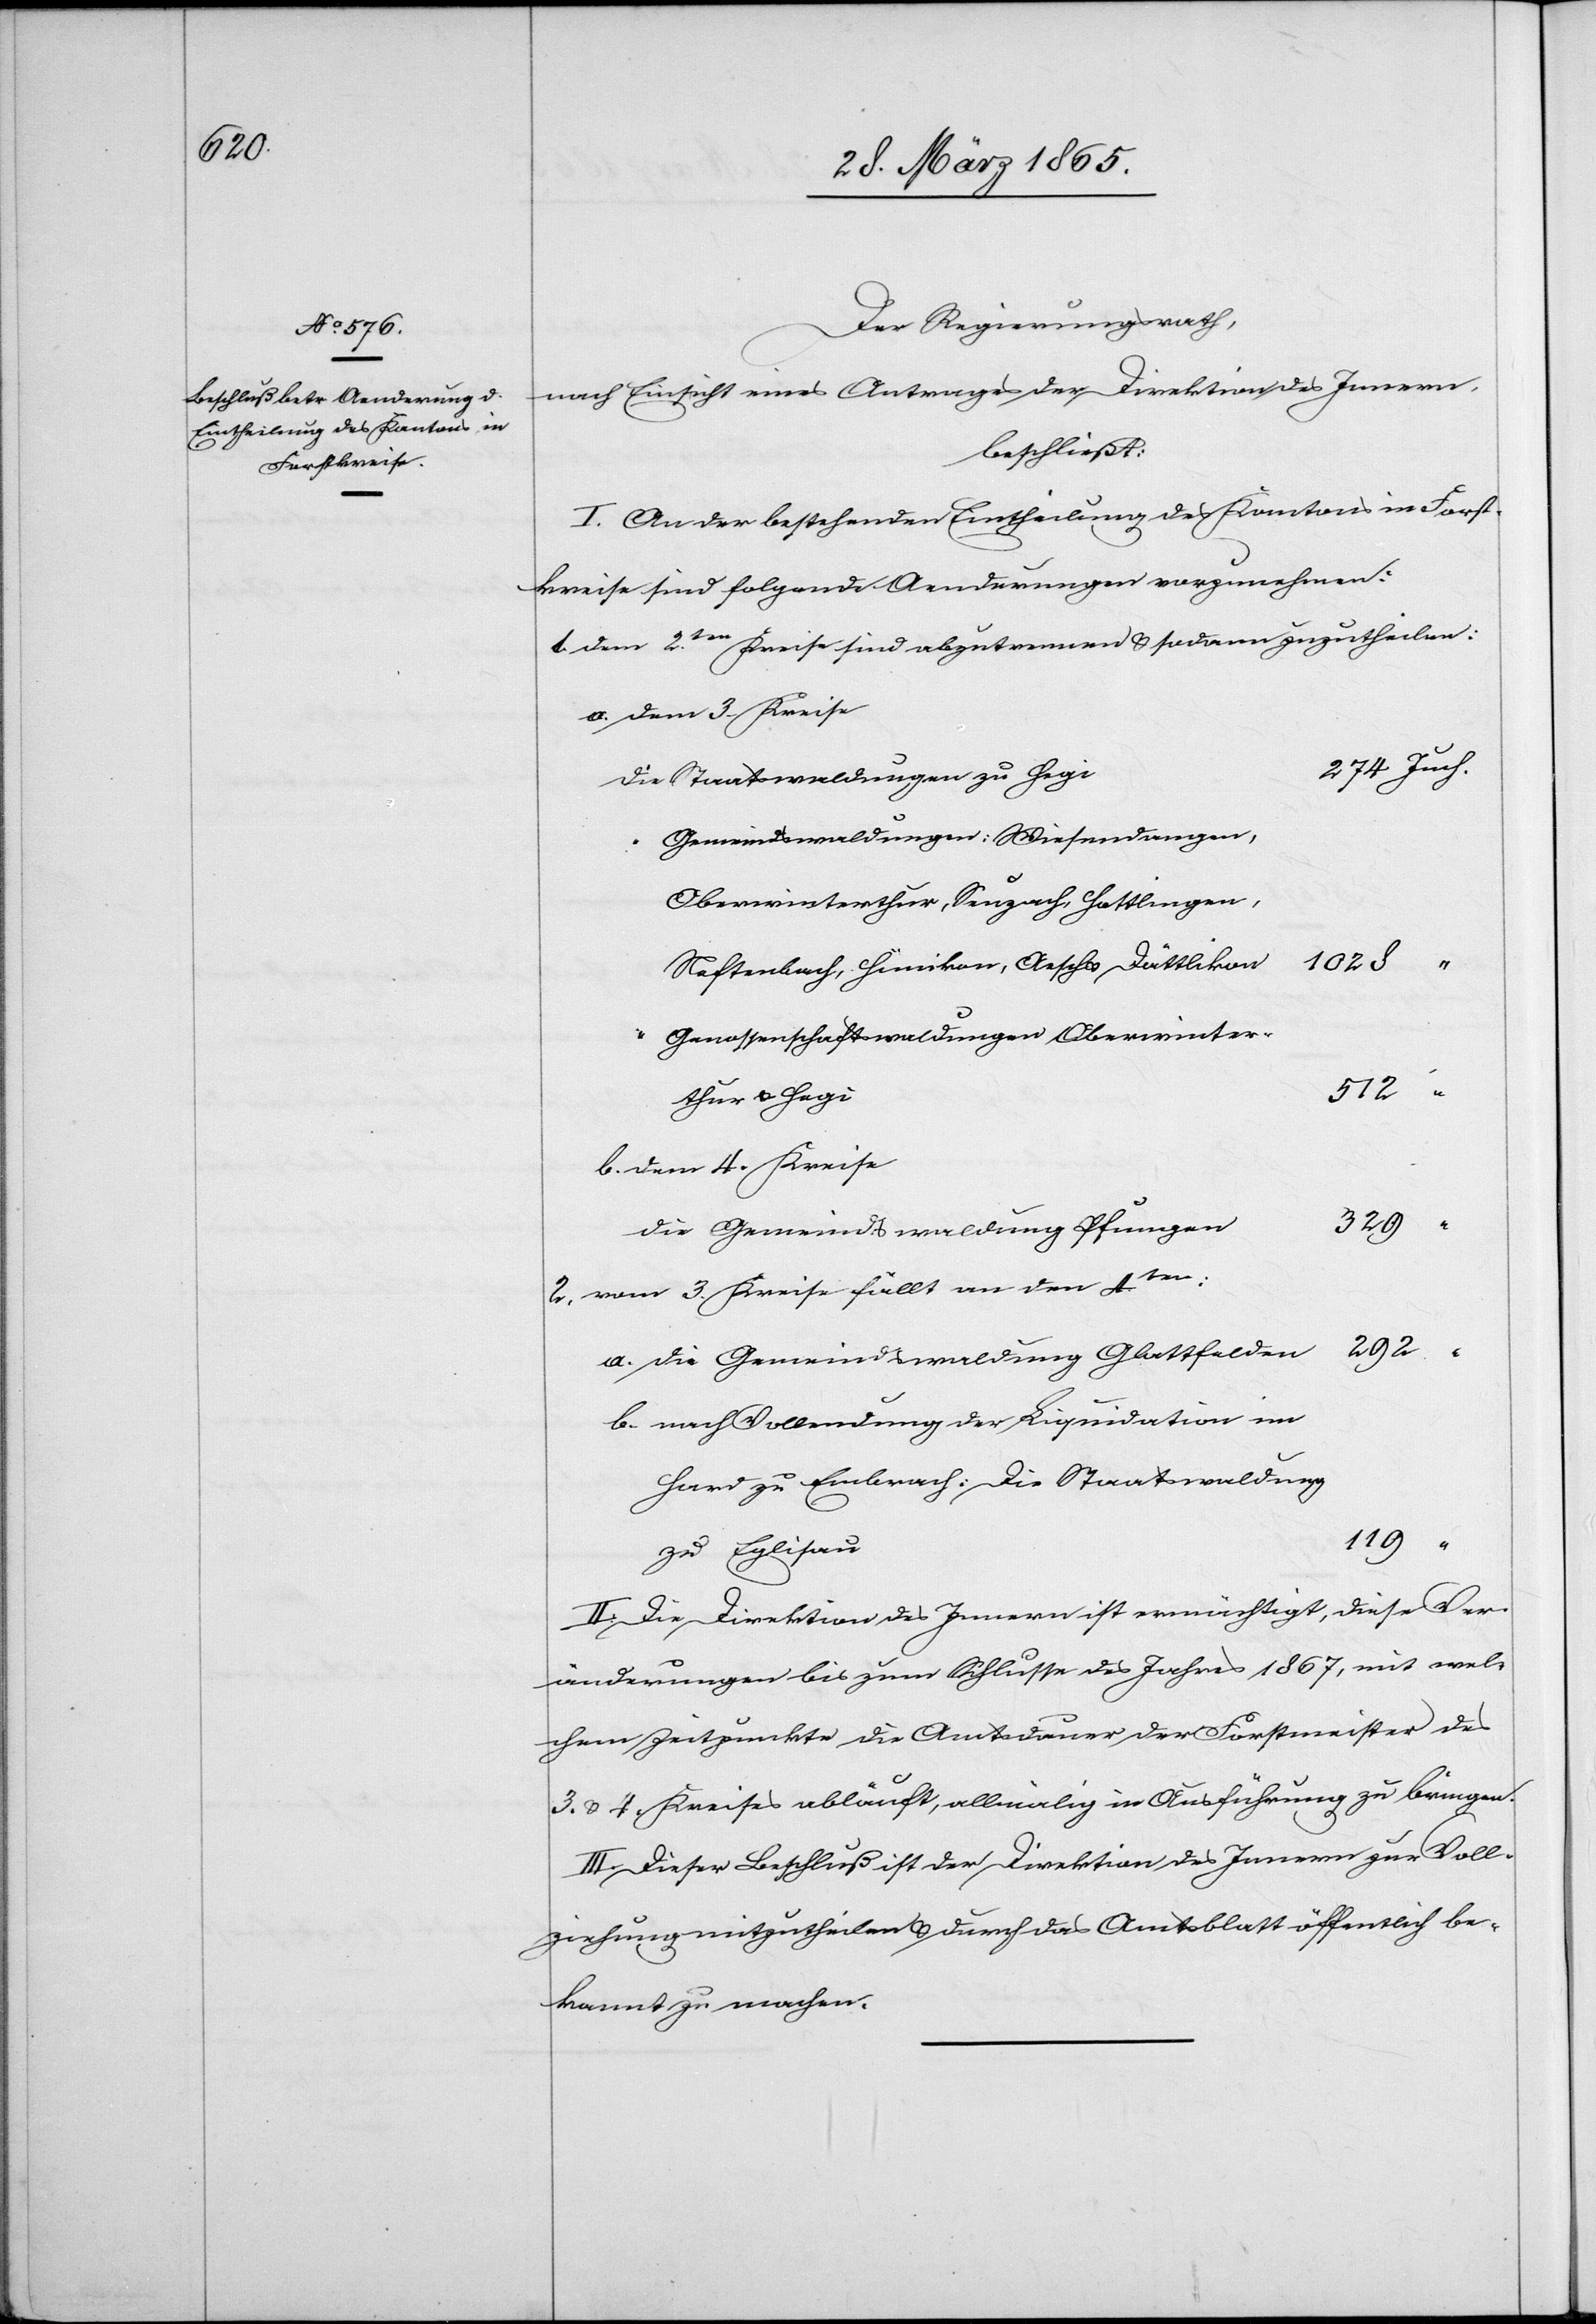
Der Regierungsrath,
nach Einsicht eines Antrages der Direktion des Innern,
beschließt:
I. An der bestehenden Eintheilung des Kantons in Forst¬
kreise sind folgende Aenderungen vorzunehmen:
Dem 2ten Kreise sind abzutrennen & sodann zuzutheilen:
a. dem 3. Kreise
Die Staatswaldungen zu Hegi
Gemeindswaldungen: Wiesendangen,
Oberwinterthur, Seuzach, Hettlingen,
Neftenbach, Hünikon, Aesch & Dättlikon.
Genossenschaftswaldungen Oberwinter¬
512
thur u. Hegi
b. dem 4. Kreise
329
Die Gemeindswaldung Pfungen
vom 3. Kreise fällt an den 4ten:
a. die Gemeindswaldung Glattfelden
b. nach Vollendung der Liquidation im
Hard zu Embrach: Die Staatswaldung
119
zu Eglisau
II. Die Direktion des Innern ist ermächtigt, diese Ver¬
änderungen bis zum Schlusse des Jahres 1867, mit wel¬
chem Zeitpunkte die Amtsdauer der Forstmeister des
3. & 4. Kreises abläuft, allmälig in Ausführung zu bringen.
III. Dieser Beschluß ist der Direktion des Innern zur Voll¬
ziehung mitzutheilen & durch das Amtsblatt öffentlich be¬
kannt zu machen.